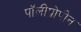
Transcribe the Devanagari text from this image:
पॉलीप्रोपीन